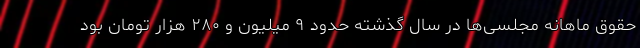
حقوق ماهانه مجلسی‌ها در سال گذشته حدود ۹ میلیون و ۲۸۰ هزار تومان بود